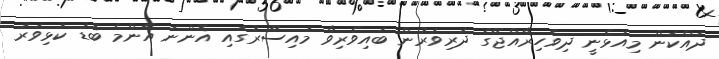
ދައްކަން މިއުޅެނީ ދިވެހިރާއްޖޭގެ ދަރިވަރުން ބައިވެރިވާ މައިސޫރުގައި އޮންނަ އެންމެ ބޮޑު ކުޅިވަރު